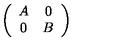
\left( \begin{array} { c c } { A } & { 0 } \\ { 0 } & { B } \\ \end{array} \right)